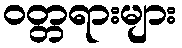
ဝတ္တရားများ